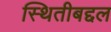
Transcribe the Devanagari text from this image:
स्थितीबद्दल